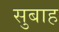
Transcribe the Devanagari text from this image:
सुबाह